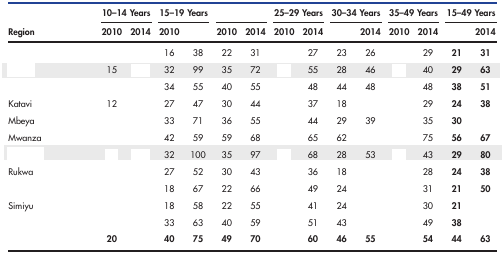
<table><thead><tr><td rowspan="2"><b>Region</b></td><td colspan="2"><b>10–14 Years</b></td><td colspan="2"><b>15–19 Years</b></td><td colspan="2">[EMPTY_CELL]</td><td colspan="2"><b>25–29 Years</b></td><td colspan="2"><b>30–34 Years</b></td><td colspan="2"><b>35–49 Years</b></td><td colspan="2"><b>15–49 Years</b></td></tr><tr><td><b>2010</b></td><td><b>2014</b></td><td><b>2010</b></td><td>[EMPTY_CELL]</td><td><b>2010</b></td><td><b>2014</b></td><td><b>2010</b></td><td><b>2014</b></td><td>[EMPTY_CELL]</td><td><b>2014</b></td><td><b>2010</b></td><td><b>2014</b></td><td>[EMPTY_CELL]</td><td><b>2014</b></td></tr></thead><tbody><tr><td>[EMPTY_CELL]</td><td>[EMPTY_CELL]</td><td>[EMPTY_CELL]</td><td>16</td><td>38</td><td>22</td><td>31</td><td>[EMPTY_CELL]</td><td>27</td><td>23</td><td>26</td><td>[EMPTY_CELL]</td><td>29</td><td><b>21</b></td><td><b>31</b></td></tr><tr><td>[EMPTY_CELL]</td><td>15</td><td>[EMPTY_CELL]</td><td>32</td><td>99</td><td>35</td><td>72</td><td>[EMPTY_CELL]</td><td>55</td><td>28</td><td>46</td><td>[EMPTY_CELL]</td><td>40</td><td><b>29</b></td><td><b>63</b></td></tr><tr><td>[EMPTY_CELL]</td><td>[EMPTY_CELL]</td><td>[EMPTY_CELL]</td><td>34</td><td>55</td><td>40</td><td>55</td><td>[EMPTY_CELL]</td><td>48</td><td>44</td><td>48</td><td>[EMPTY_CELL]</td><td>48</td><td><b>38</b></td><td><b>51</b></td></tr><tr><td>Katavi</td><td>12</td><td>[EMPTY_CELL]</td><td>27</td><td>47</td><td>30</td><td>44</td><td>[EMPTY_CELL]</td><td>37</td><td>18</td><td>[EMPTY_CELL]</td><td>[EMPTY_CELL]</td><td>29</td><td><b>24</b></td><td><b>38</b></td></tr><tr><td>Mbeya</td><td>[EMPTY_CELL]</td><td>[EMPTY_CELL]</td><td>33</td><td>71</td><td>36</td><td>55</td><td>[EMPTY_CELL]</td><td>44</td><td>29</td><td>39</td><td>[EMPTY_CELL]</td><td>35</td><td><b>30</b></td><td>[EMPTY_CELL]</td></tr><tr><td>Mwanza</td><td>[EMPTY_CELL]</td><td>[EMPTY_CELL]</td><td>42</td><td>59</td><td>59</td><td>68</td><td>[EMPTY_CELL]</td><td>65</td><td>62</td><td>[EMPTY_CELL]</td><td>[EMPTY_CELL]</td><td>75</td><td><b>56</b></td><td><b>67</b></td></tr><tr><td>[EMPTY_CELL]</td><td>[EMPTY_CELL]</td><td>[EMPTY_CELL]</td><td>32</td><td>100</td><td>35</td><td>97</td><td>[EMPTY_CELL]</td><td>68</td><td>28</td><td>53</td><td>[EMPTY_CELL]</td><td>43</td><td><b>29</b></td><td><b>80</b></td></tr><tr><td>Rukwa</td><td>[EMPTY_CELL]</td><td>[EMPTY_CELL]</td><td>27</td><td>52</td><td>30</td><td>43</td><td>[EMPTY_CELL]</td><td>36</td><td>18</td><td>[EMPTY_CELL]</td><td>[EMPTY_CELL]</td><td>28</td><td><b>24</b></td><td><b>38</b></td></tr><tr><td>[EMPTY_CELL]</td><td>[EMPTY_CELL]</td><td>[EMPTY_CELL]</td><td>18</td><td>67</td><td>22</td><td>66</td><td>[EMPTY_CELL]</td><td>49</td><td>24</td><td>[EMPTY_CELL]</td><td>[EMPTY_CELL]</td><td>31</td><td><b>21</b></td><td><b>50</b></td></tr><tr><td>Simiyu</td><td>[EMPTY_CELL]</td><td>[EMPTY_CELL]</td><td>18</td><td>58</td><td>22</td><td>55</td><td>[EMPTY_CELL]</td><td>41</td><td>24</td><td>[EMPTY_CELL]</td><td>[EMPTY_CELL]</td><td>30</td><td><b>21</b></td><td>[EMPTY_CELL]</td></tr><tr><td>[EMPTY_CELL]</td><td>[EMPTY_CELL]</td><td>[EMPTY_CELL]</td><td>33</td><td>63</td><td>40</td><td>59</td><td>[EMPTY_CELL]</td><td>51</td><td>43</td><td>[EMPTY_CELL]</td><td>[EMPTY_CELL]</td><td>49</td><td><b>38</b></td><td>[EMPTY_CELL]</td></tr><tr><td>[EMPTY_CELL]</td><td><b>20</b></td><td>[EMPTY_CELL]</td><td><b>40</b></td><td><b>75</b></td><td><b>49</b></td><td><b>70</b></td><td>[EMPTY_CELL]</td><td><b>60</b></td><td><b>46</b></td><td><b>55</b></td><td>[EMPTY_CELL]</td><td><b>54</b></td><td><b>44</b></td><td><b>63</b></td></tr></tbody></table>